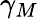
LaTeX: \gamma_{M}